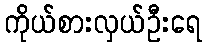
ကိုယ်စားလှယ်ဦးရေ